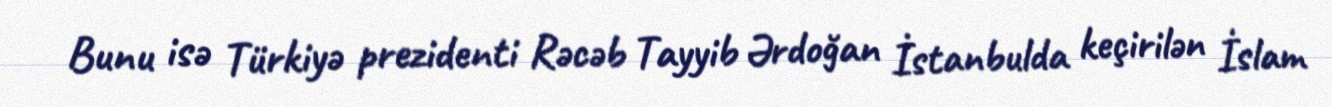
Bunu isə Türkiyə prezidenti Rəcəb Tayyib Ərdoğan İstanbulda keçirilən İslam